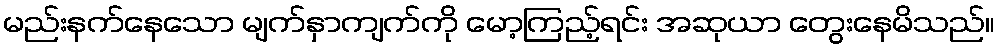
မည်းနက်နေသော မျက်နှာကျက်ကို မော့ကြည့်ရင်း အဆုယာ တွေးနေမိသည်။